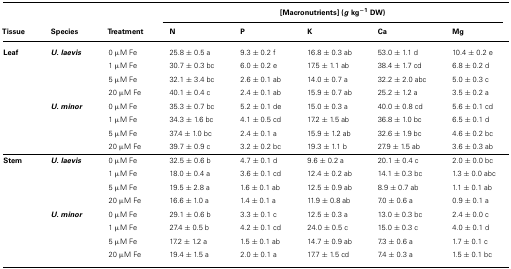
<table><thead><tr><td></td><td></td><td></td><td colspan="5"><b>[Macronutrients] (<i>g</i> kg<sup>-1</sup> DW)</b></td></tr><tr><td><b>Tissue</b></td><td><b>Species</b></td><td><b>Treatment</b></td><td><b>N</b></td><td><b>P</b></td><td><b>K</b></td><td><b>Ca</b></td><td><b>Mg</b></td></tr></thead><tbody><tr><td><b>Leaf</b></td><td><b><i>U. laevis</i></b></td><td>0 μM Fe</td><td>25.8 ± 0.5 a</td><td>9.3 ± 0.2 f</td><td>16.8 ± 0.3 ab</td><td>53.0 ± 1.1 d</td><td>10.4 ± 0.2 e</td></tr><tr><td></td><td></td><td>1 μM Fe</td><td>30.7 ± 0.3 bc</td><td>6.0 ± 0.2 e</td><td>17.5 ± 1.1 ab</td><td>38.4 ± 1.7 cd</td><td>6.8 ± 0.2 d</td></tr><tr><td></td><td></td><td>5 μM Fe</td><td>32.1 ± 3.4 bc</td><td>2.6 ± 0.1 ab</td><td>14.0 ± 0.7 a</td><td>32.2 ± 2.0 abc</td><td>5.0 ± 0.3 c</td></tr><tr><td></td><td></td><td>20 μM Fe</td><td>40.1 ± 0.4 c</td><td>2.4 ± 0.1 ab</td><td>15.9 ± 0.7 ab</td><td>25.2 ± 1.2 a</td><td>3.5 ± 0.2 a</td></tr><tr><td></td><td><b><i>U. minor</i></b></td><td>0 μM Fe</td><td>35.3 ± 0.7 bc</td><td>5.2 ± 0.1 de</td><td>15.0 ± 0.3 a</td><td>40.0 ± 0.8 cd</td><td>5.6 ± 0.1 cd</td></tr><tr><td></td><td></td><td>1 μM Fe</td><td>34.3 ± 1.6 bc</td><td>4.1 ± 0.5 cd</td><td>17.2 ± 1.5 ab</td><td>36.8 ± 1.0 bc</td><td>6.5 ± 0.1 d</td></tr><tr><td></td><td></td><td>5 μM Fe</td><td>37.4 ± 1.0 bc</td><td>2.4 ± 0.1 a</td><td>15.9 ± 1.2 ab</td><td>32.6 ± 1.9 bc</td><td>4.6 ± 0.2 bc</td></tr><tr><td></td><td></td><td>20 μM Fe</td><td>39.7 ± 0.9 c</td><td>3.2 ± 0.2 bc</td><td>19.3 ± 1.1 b</td><td>27.9 ± 1.5 ab</td><td>3.6 ± 0.3 ab</td></tr><tr><td><b>Stem</b></td><td><b><i>U. laevis</i></b></td><td>0 μM Fe</td><td>32.5 ± 0.6 b</td><td>4.7 ± 0.1 d</td><td>9.6 ± 0.2 a</td><td>20.1 ± 0.4 c</td><td>2.0 ± 0.0 bc</td></tr><tr><td></td><td></td><td>1 μM Fe</td><td>18.0 ± 0.4 a</td><td>3.6 ± 0.1 cd</td><td>12.4 ± 0.2 ab</td><td>14.1 ± 0.3 bc</td><td>1.3 ± 0.0 abc</td></tr><tr><td></td><td></td><td>5 μM Fe</td><td>19.5 ± 2.8 a</td><td>1.6 ± 0.1 ab</td><td>12.5 ± 0.9 ab</td><td>8.9 ± 0.7 ab</td><td>1.1 ± 0.1 ab</td></tr><tr><td></td><td></td><td>20 μM Fe</td><td>16.6 ± 1.0 a</td><td>1.4 ± 0.1 a</td><td>11.9 ± 0.8 ab</td><td>7.0 ± 0.6 a</td><td>0.9 ± 0.1 a</td></tr><tr><td></td><td><b><i>U. minor</i></b></td><td>0 μM Fe</td><td>29.1 ± 0.6 b</td><td>3.3 ± 0.1 c</td><td>12.5 ± 0.3 a</td><td>13.0 ± 0.3 bc</td><td>2.4 ± 0.0 c</td></tr><tr><td></td><td></td><td>1 μM Fe</td><td>27.4 ± 0.5 b</td><td>4.2 ± 0.1 cd</td><td>24.0 ± 0.5 c</td><td>15.0 ± 0.3 c</td><td>4.0 ± 0.1 d</td></tr><tr><td></td><td></td><td>5 μM Fe</td><td>17.2 ± 1.2 a</td><td>1.5 ± 0.1 ab</td><td>14.7 ± 0.9 ab</td><td>7.3 ± 0.6 a</td><td>1.7 ± 0.1 c</td></tr><tr><td></td><td></td><td>20 μM Fe</td><td>19.4 ± 1.5 a</td><td>2.0 ± 0.1 a</td><td>17.7 ± 1.5 cd</td><td>7.4 ± 0.3 a</td><td>1.5 ± 0.1 bc</td></tr></tbody></table>